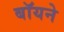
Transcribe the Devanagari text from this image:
बॉयने